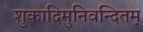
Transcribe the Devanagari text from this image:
शुकादिमुनिवन्दितम्